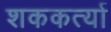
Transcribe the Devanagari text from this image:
शककर्त्या